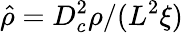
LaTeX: \hat{\rho}={D_{c}^{2}\rho}/({L^{2}\xi})